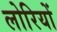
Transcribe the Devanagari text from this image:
लोरियों